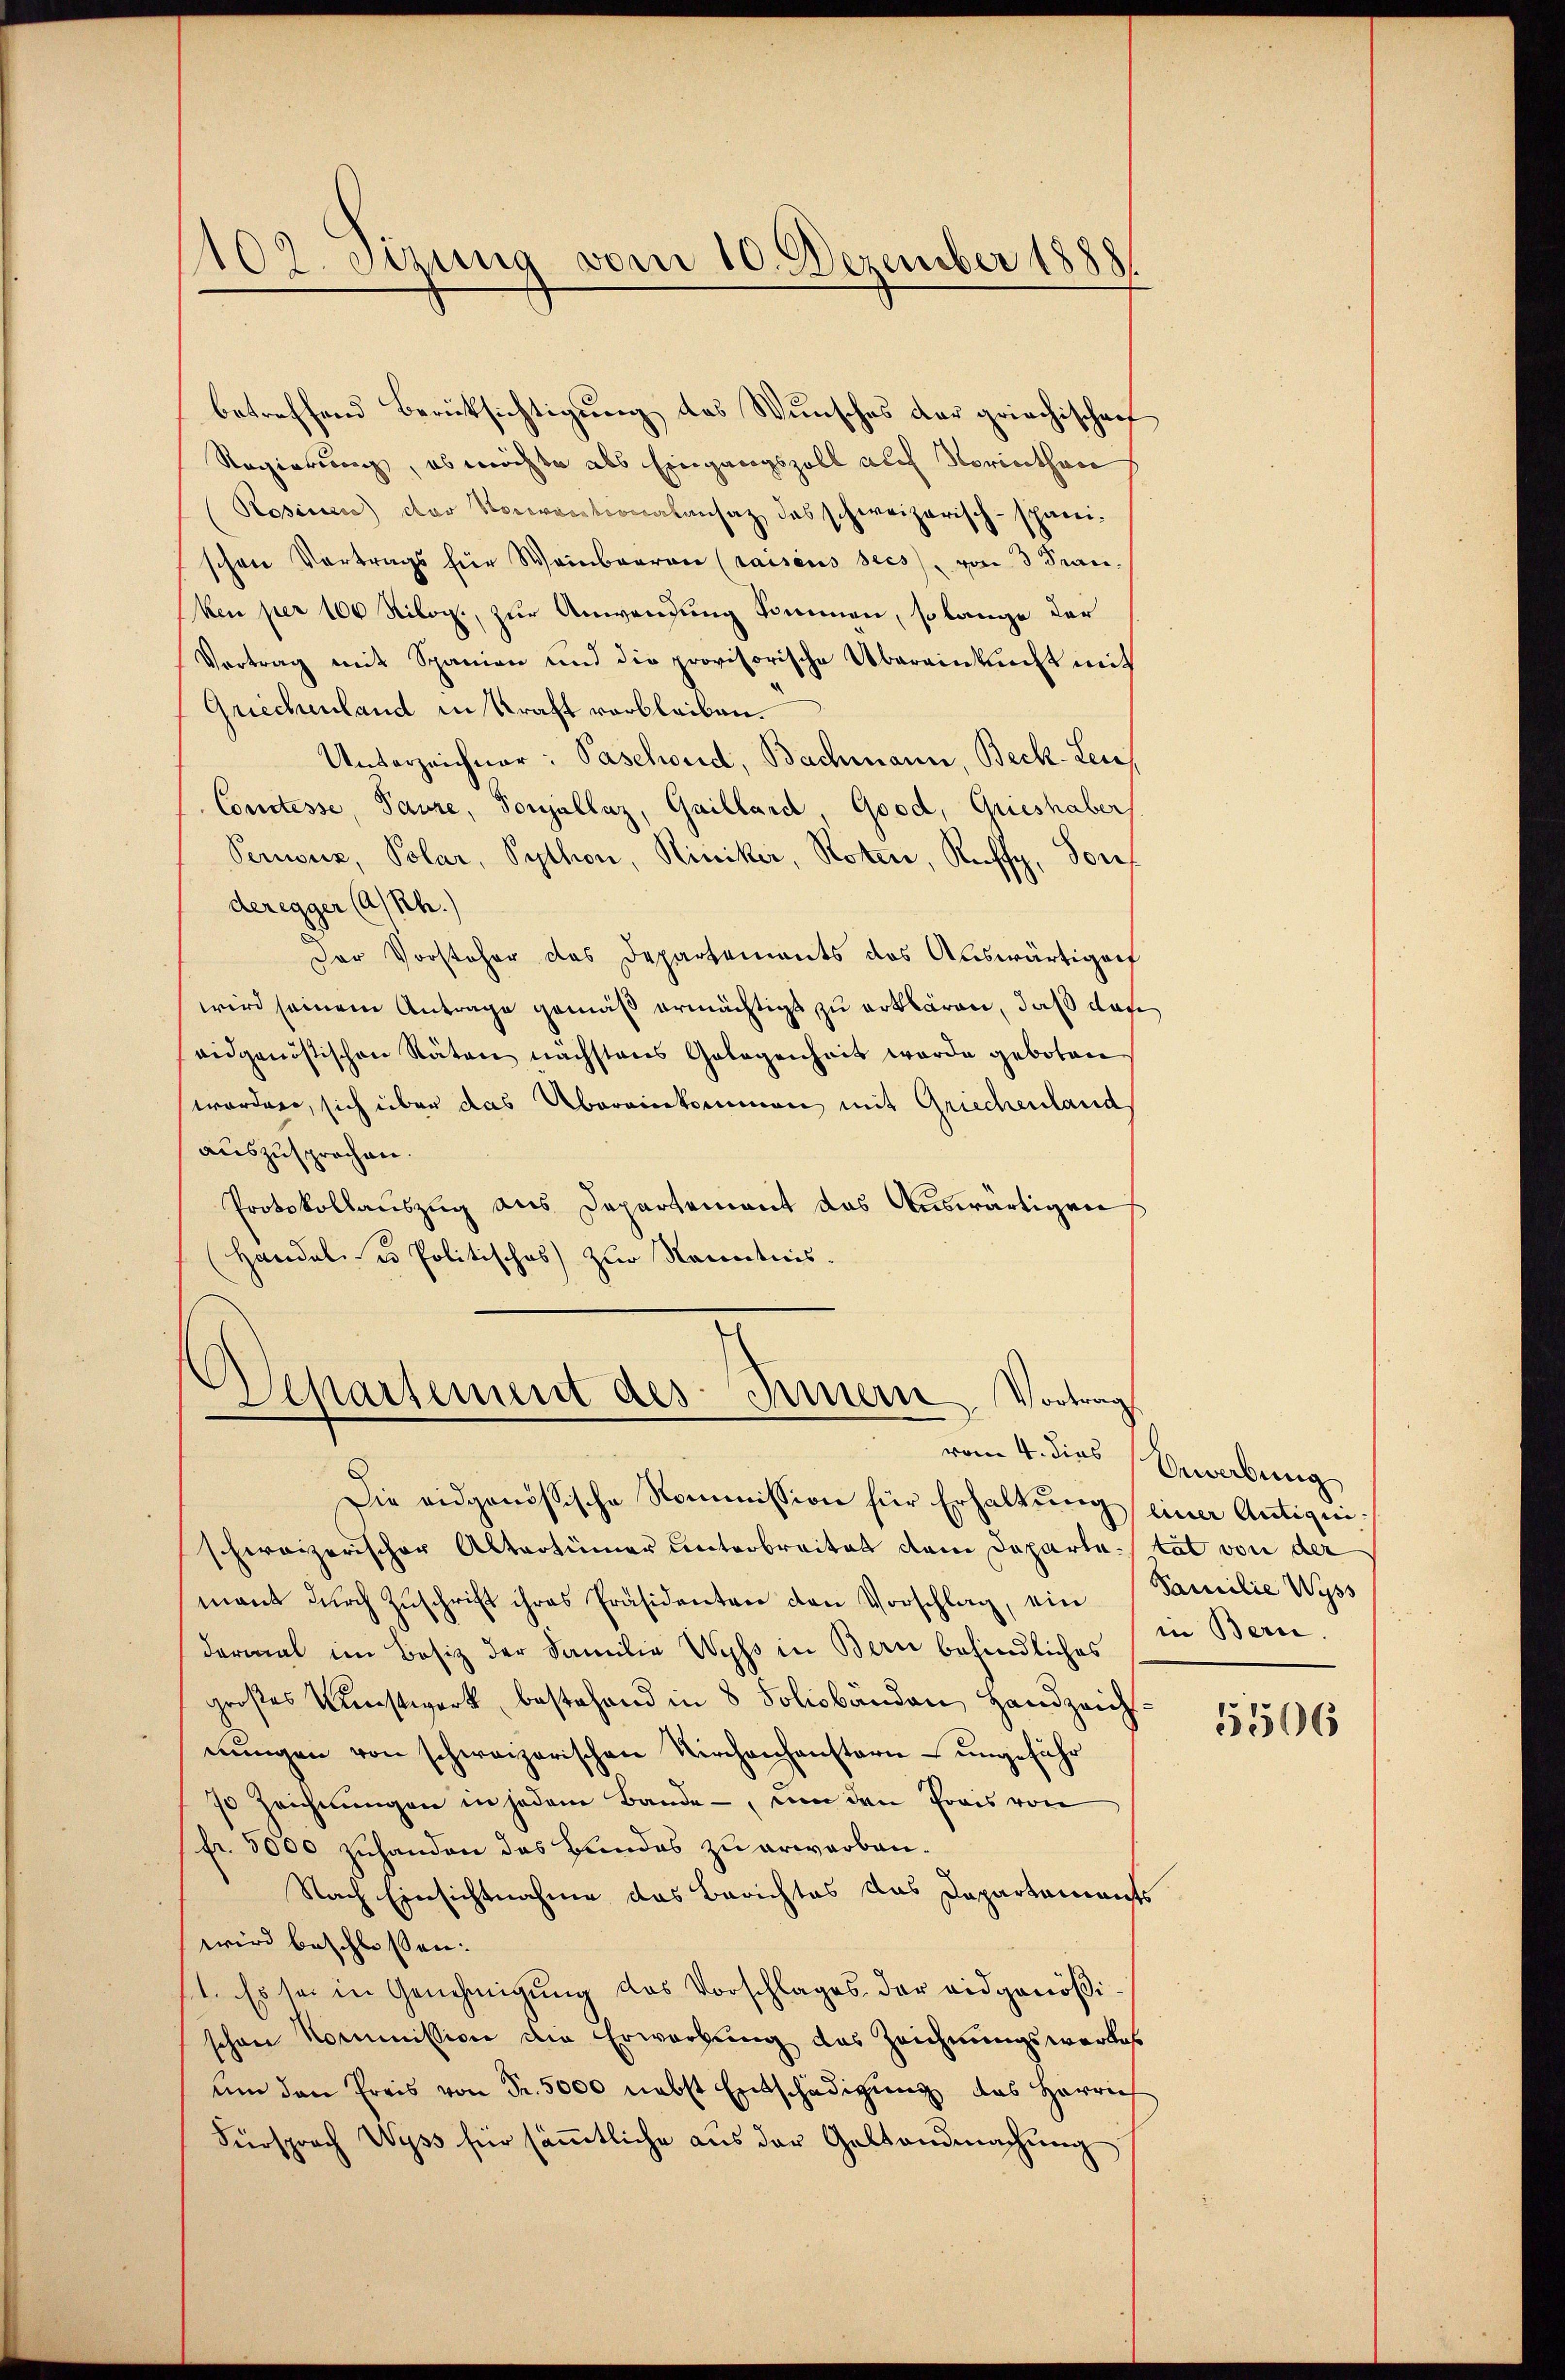
1102. Sizung vom 10. Dezember 1888.

betreffend Berücksichtigung des Wunsches der griechischen
Regierung, ob möchte als Eingangszoll auch Noriethen
Rosinen) der Vorortionalansaz, das schweizerisch-schanischon Vortrags für Weinbaren raisens sees, von 3 Stan
ken per 100 Kilog., zur Anwendung kommen, so lange der
Vortrag mit Spanien und die provisorische Übereinkunft mit
Griechenland in Kraft verbleiben.
Unterzeichner: Paschond, Bachmann, Beck-Leu¬
Conclesse, Paure, Tonhallaz, Gaillard Good, Grieshaber
Penuz, Polar, Sython, Riniker, Noten, Raffy, Dorf
deregger (A/Rh.)
Der Vorsteher des Departements das Auswärtigen
wird seinem Antrage gemäß ermächtigt zu erklären, daß das
eidgenössischen Räten nächstens Gelegenheit werde geboten
worden, sich über das Übereinkommen mit Griechenlands
auszusprochen.
Protokollauszug aus Departement das Auswärtigen
(Handel- u Politisches zur Kenntnis-

Vordung
Separtement des Innern

Die eidgenössische Kommission für Erhaltung einer Antiquischweizerischer Altertümer unterbreitet den Departe tat von der
mant durch Zuschrift ihres Präsidenten den Vorschlag, ein Familie Wyss
dermal im Besiz der Familie Wyss in Bern befindliches in Bern.
großes Kunstwerk, bestehend in 8 Tolsbänden Handzeichnungen von schweizerischen Kirchenhanstern- ungeführ
70 Zeichnŭngen in jedem Bande, um den Preis von
fr. 5000 zuhanden das Bundes zu erwarben.
Nach Einsichtnahme das Berichtes das Dapartements
wird beschlossen:
11. Es sei in Genehmigŭng des Vorschlages der eidgenößischen Kommission die Erwartung des Zeichnungswerkes
ŭm den Preis von Fr. 5000 nebst Entschädigŭng des Herrich
Fürsprach Wyss für säṁtliche aus der Gestandmachŭng

vom 4. dies Bewerbung

5506